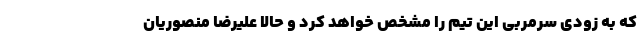
که به زودی سرمربی این تیم را مشخص خواهد کرد و حالا علیرضا منصوریان